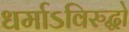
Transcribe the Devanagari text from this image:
धर्माऽविरुद्धो